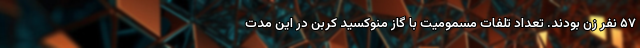
۵۷ نفر زن بودند. تعداد تلفات مسمومیت با گاز منوکسید کربن در این مدت